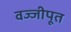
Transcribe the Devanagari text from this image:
वज्जीपूत